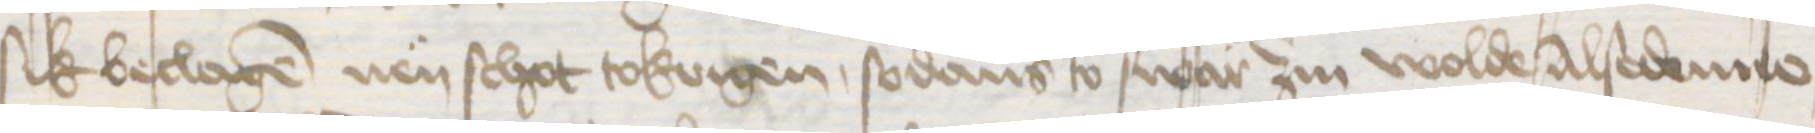
sik beclagen nen schot tokrigen, sodans to swar zin wolde Alse denne